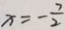
x = - \frac { 7 } { 2 }